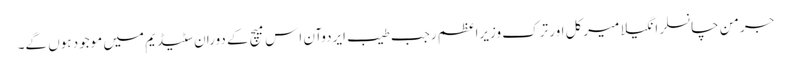
جرمن چانسلر انگیلا میرکل اور ترک وزیراعظم رجب طیب ایردوآن اِس میچ کے دوران سٹیڈیم میں موجود ہوں گے۔